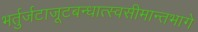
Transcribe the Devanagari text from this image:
भर्तुर्जटाजूटबन्धात्स्वसीमान्तभागे